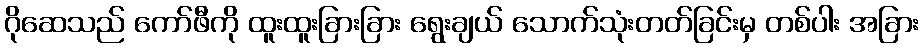
ဂိုဆေသည် ကော်ဖီကို ထူးထူးခြားခြား ရွေးချယ် သောက်သုံးတတ်ခြင်းမှ တစ်ပါး အခြား